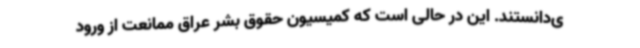
ی‌دانستند. این در حالی است که کمیسیون حقوق بشر عراق ممانعت از ورود